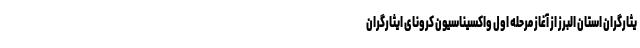
یثارگران استان البرز از آغاز مرحله اول واکسیناسیون کرونای ایثارگران